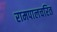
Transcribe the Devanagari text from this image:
रामपालचरित